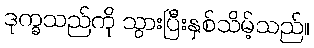
ဒုက္ခသည်ကို သွားပြီးနှစ်သိမ့်သည်။